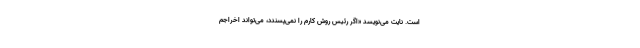
است. نایت می‌نویسد «اگر رئیس روش کارم را نمی‌پسندد، می‌تواند اخراجم